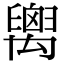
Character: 𥝈